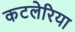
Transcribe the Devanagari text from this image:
कटलेरिया